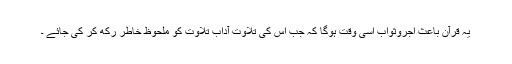
یہ قرآن باعث اجروثواب اسی وقت ہوگا کہ جب اس کی تلاوت آدابِ تلاوت کو ملحوظ ِخاطر رکھ کر کی جائے ۔